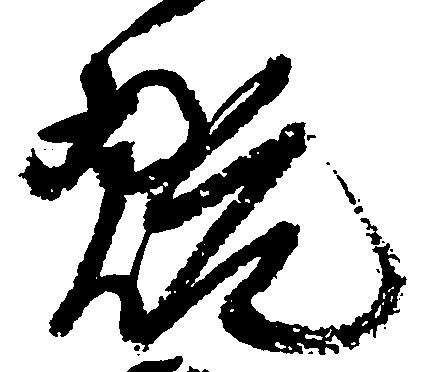
翫